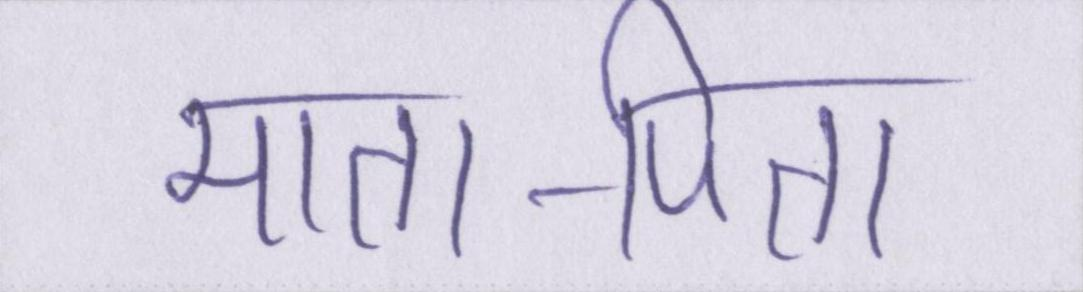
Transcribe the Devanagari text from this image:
माता-पिता